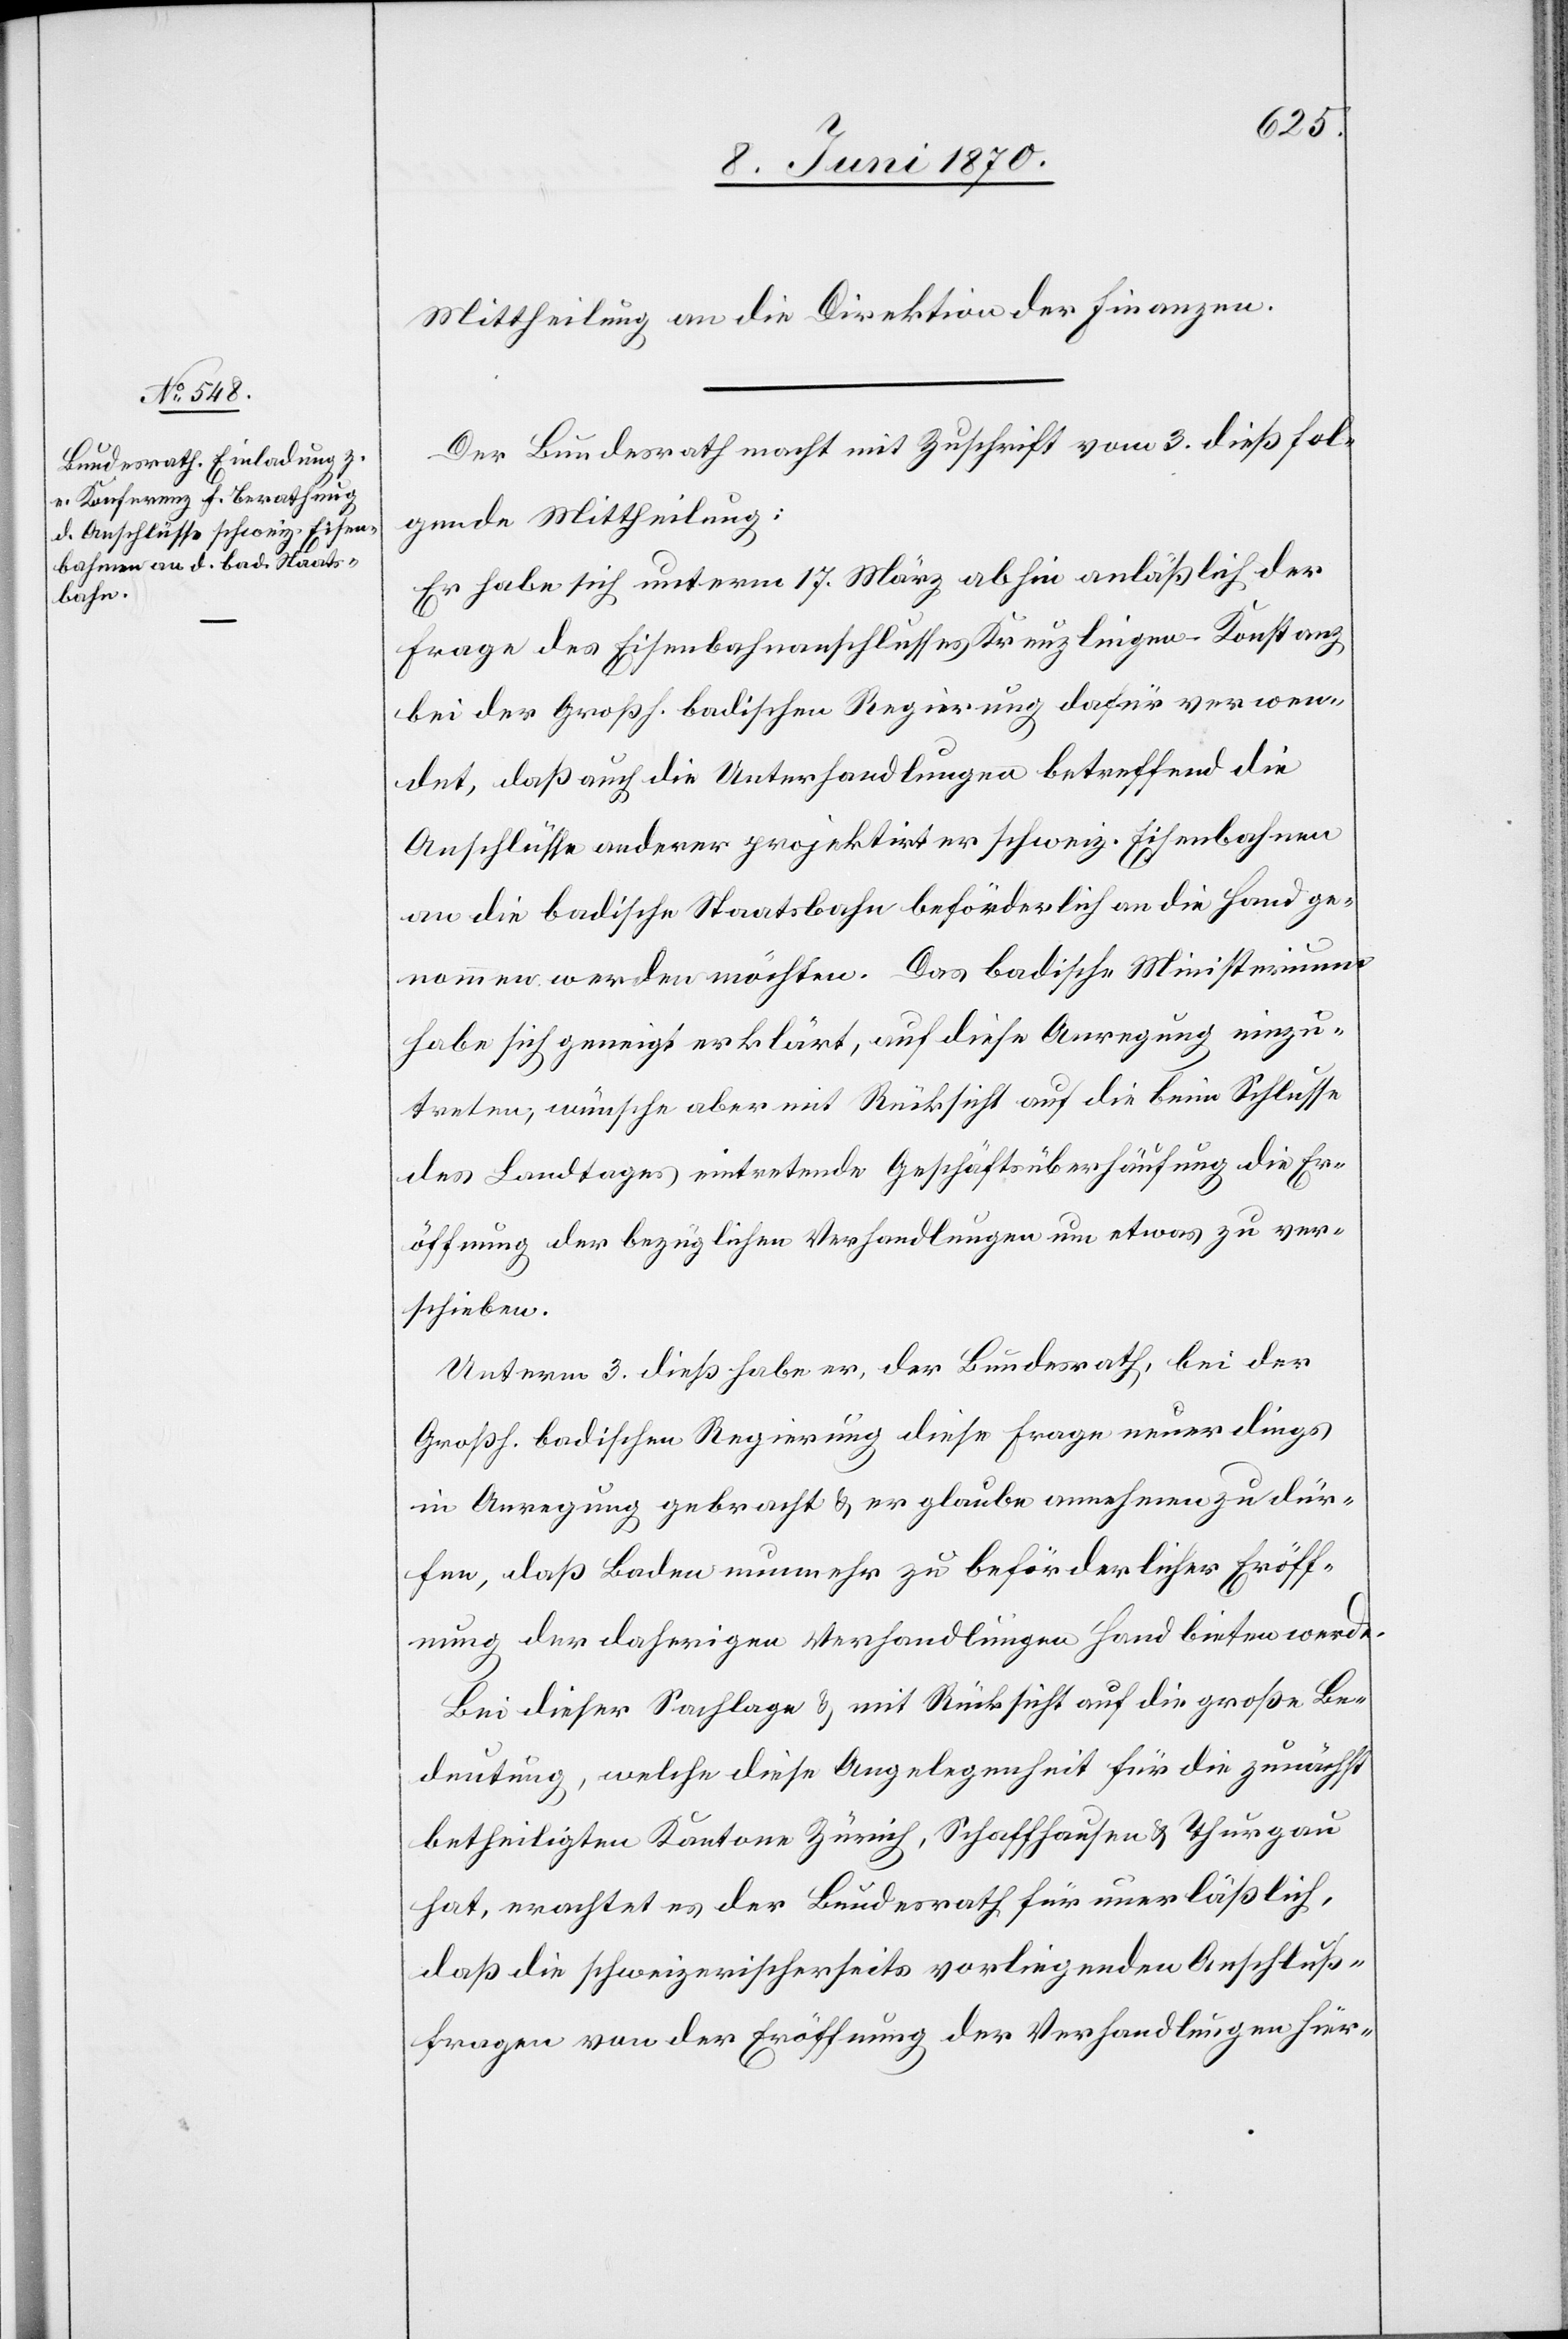
Mittheilung an die Direktion der Finanzen.
Der Bundesrath macht mit Zuschrift vom 3. dieß fol¬
gende Mittheilung:
Er habe sich unterm 17. März abhin anläßlich der
Frage des Eisenbahnanschlusses Kreuzlingen–Konstanz
bei der Großh. badischen Regierung dafür verwen¬
det, daß auch die Unterhandlungen betreffend die
Anschlüsse anderer projektirter schweiz. Eisenbahnen
an die badische Staatsbahn beförderlich an die Hand ge¬
nommen werden möchten. Das badische Ministerium
habe sich geneigt erklärt, auf diese Anregung einzu¬
treten, wünsche aber mit Rücksicht auf die beim Schlusse
des Landtages eintretende Geschäftsüberhäufung die Er¬
öffnung der bezüglichen Verhandlungen um etwas zu ver¬
schieben.
Unterm 3. dieß habe er, der Bundesrath, bei der
Großh. badischen Regierung diese Frage neuerdings
in Anregung gebracht & er glaube annehmen zu dür¬
fen, daß Baden nunmehr zu beförderlicher Eröff¬
nung der daherigen Verhandlungen Hand bieten werde.
Bei dieser Sachlage & mit Rücksicht auf die große Be¬
deutung, welche diese Angelegenheit für die zunächst
betheiligten Kantone Zürich, Schaffhausen & Thurgau
hat, erachtet es der Bundesrath für unerläßlich,
daß die schweizerischerseits vorliegenden Anschluß¬
fragen von der Eröffnung der Verhandlungen hier-